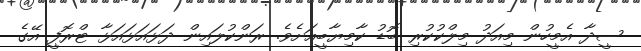
ސީދާ އެމީހުން މިއަދު މިލްކުކުރި ބޮޑު ކާމިޔާބީއަށެވެ. ރަންކުލައިން ދަޅައަޅައަޅާ ޓްރޮފީ އޭގެ